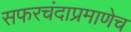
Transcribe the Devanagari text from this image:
सफरचंदाप्रमाणेच